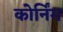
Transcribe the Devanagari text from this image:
कोर्निंग